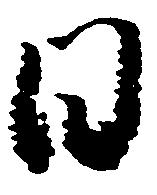
日